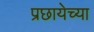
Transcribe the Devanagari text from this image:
प्रछायेच्या